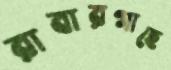
রাবারগাছে